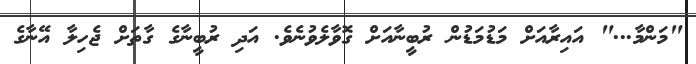
"މަންމާ..." އައިރާއަށް މަޑުމަޑުން ރުބީނާއަށް ގޮވާލެވުނެވެ. އަދި ރުބީނާގެ ގާތަށް ޖެހިލާ އޭނާގެ